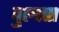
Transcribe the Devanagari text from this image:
वुल्फ्स